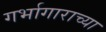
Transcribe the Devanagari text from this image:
गर्भागाराच्या